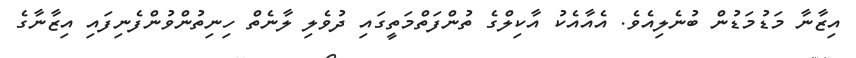
އިޒާނާ މަޑުމަޑުން ބުނެލިއެވެ. އެއާއެކު އާކިލްގެ ތުންފަތްމަތީގައި ދުވެލި ލާނެތް ހިނިތުންވުންފެނިފައި އިޒާނާގެ